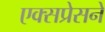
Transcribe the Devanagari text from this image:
एक्सप्रेसने